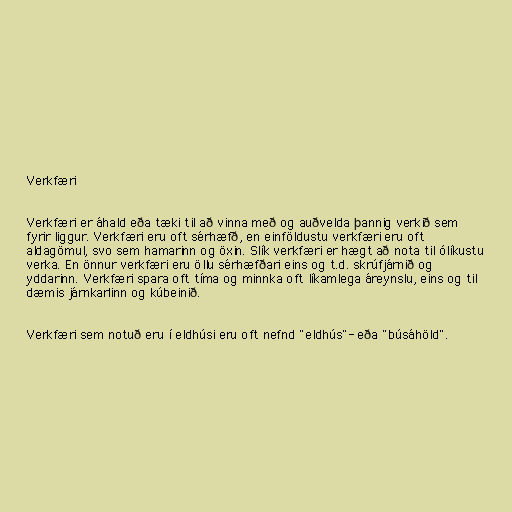
Verkfæri

Verkfæri er áhald eða tæki til að vinna með og auðvelda þannig verkið sem
fyrir liggur. Verkfæri eru oft sérhæfð, en einföldustu verkfæri eru oft
aldagömul, svo sem hamarinn og öxin. Slík verkfæri er hægt að nota til ólíkustu
verka. En önnur verkfæri eru öllu sérhæfðari eins og t.d. skrúfjárnið og
yddarinn. Verkfæri spara oft tíma og minnka oft líkamlega áreynslu, eins og til
dæmis járnkarlinn og kúbeinið.

Verkfæri sem notuð eru í eldhúsi eru oft nefnd "eldhús"- eða "búsáhöld".